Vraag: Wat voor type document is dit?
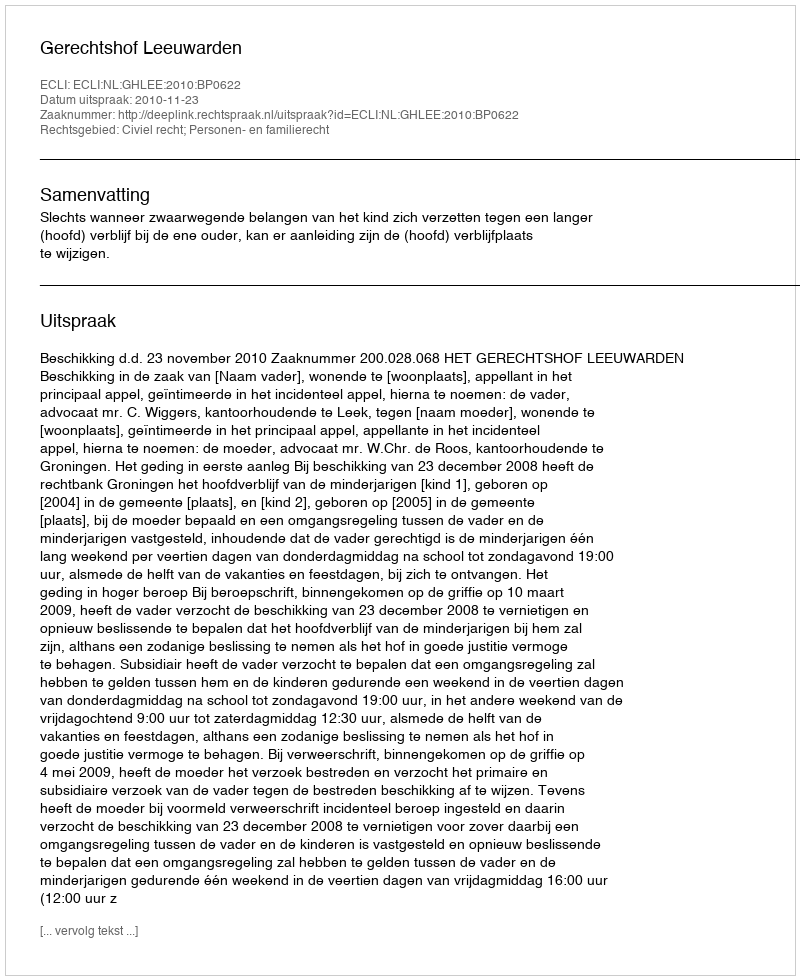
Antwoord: Uitspraak